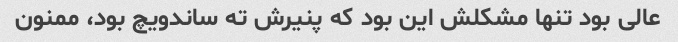
عالی بود تنها مشکلش این بود که پنیرش ته ساندویچ بود، ممنون